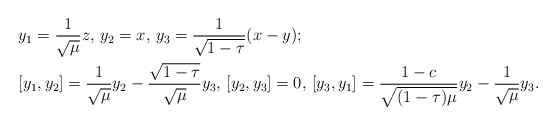
\begin{align*}&y_1=\frac{1}{\sqrt{\mu}}z, \, y_2=x, \, y_3=\frac{1}{\sqrt{1-\tau}}(x-y);\\&[y_1,y_2]=\frac{1}{\sqrt{\mu}}y_2- \frac{\sqrt{1-\tau}}{\sqrt{\mu}}y_3, \,[y_2,y_3]=0, \,[y_3,y_1]=\frac{1-c}{\sqrt{(1-\tau)\mu}}y_2-\frac{1}{\sqrt{\mu}}y_3.\end{align*}